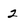
Character: 2